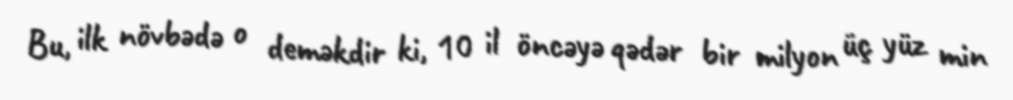
Bu, ilk növbədə o deməkdir ki, 10 il öncəyə qədər bir milyon üç yüz min